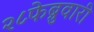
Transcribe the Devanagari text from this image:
२८फेब्रुवारी